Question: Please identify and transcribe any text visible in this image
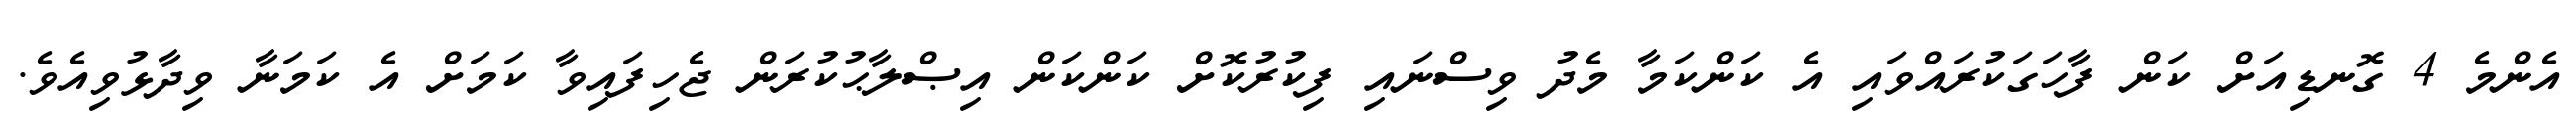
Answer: އެންމެ 4 ގޮނޑިއަށް ކަން ފާހަގަކުރައްވައި އެ ކަންކަމާ މެދު ވިސްނައި ފިކުރުކޮށް ކަންކަން އިޞްލާޙުކުރަން ޖެހިފައިވާ ކަމަށް އެ ކަމަނާ ވިދާޅުވިއެވެ.